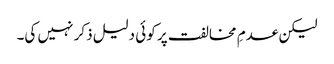
لیکن عدمِ مخالفت پر کوئی دلیل ذکر نہیں کی۔